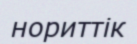
нориттік